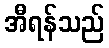
အီရန်သည်